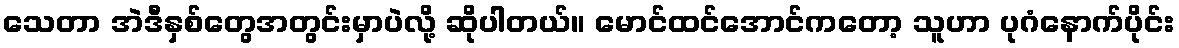
သေတာ အဲဒီနှစ်တွေအတွင်းမှာပဲလို့ ဆိုပါတယ်။ မောင်ထင်အောင်ကတော့ သူဟာ ပုဂံနောက်ပိုင်း